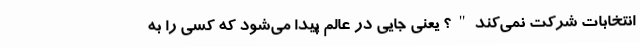
انتخابات شرکت نمی‌کند"؟ یعنی جایی در عالم پیدا می‌شود که کسی را به